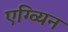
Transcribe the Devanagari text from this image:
एग्व्यिन